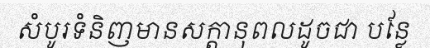
សំបូរទំនិញមានសក្តានុពលដូចជា បន្លែ